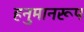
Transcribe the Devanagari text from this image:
हनुमानरूप